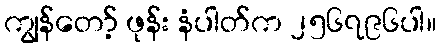
ကျွန်တော့် ဖုန်း နံပါတ်က ၂၅၆၇၉၆ပါ။